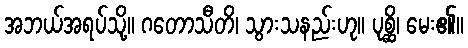
အဘယ်အရပ်သို့။ ဂတောသီတိ၊ သွားသနည်းဟု။ ပုစ္ဆိ၊ မေး၏။